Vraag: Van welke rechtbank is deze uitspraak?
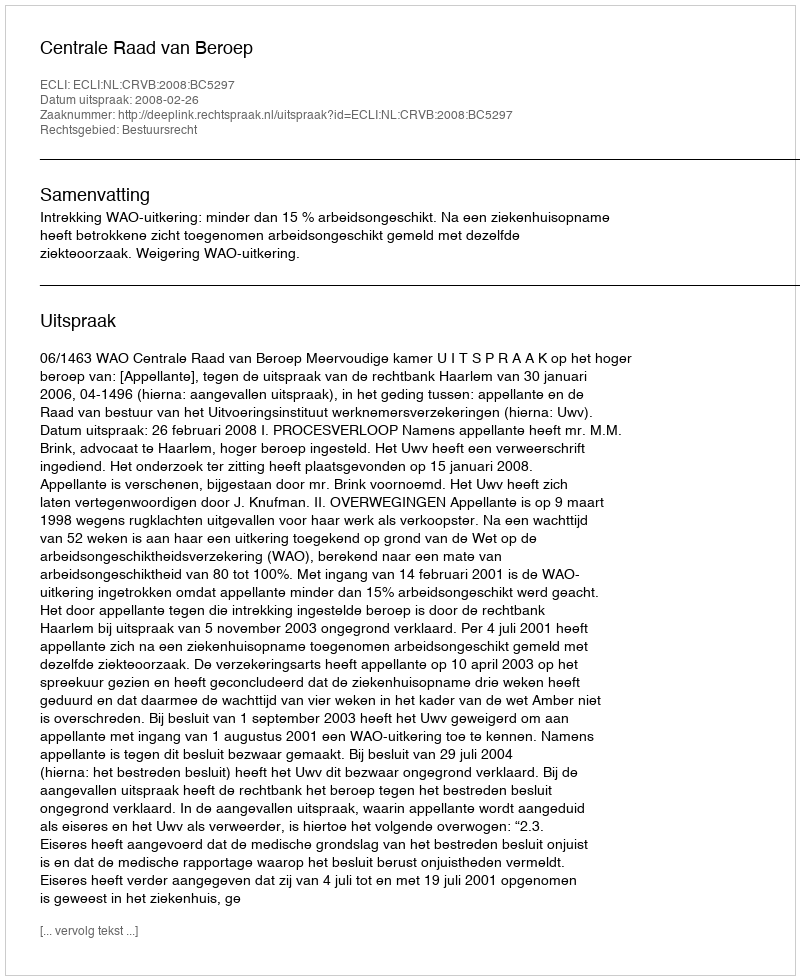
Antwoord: Centrale Raad van Beroep